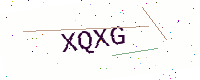
Text: XQXG